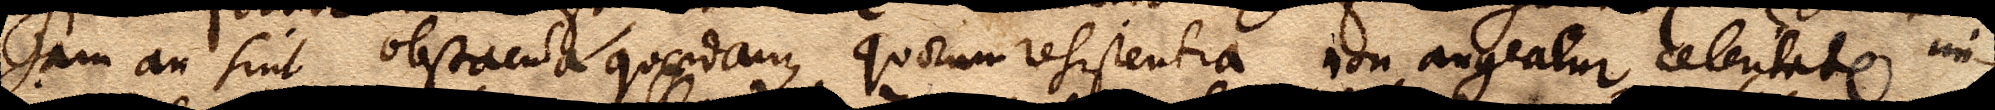
jam an sint obstacula quaedam, quorum resistentia non augeatur celeritate im–